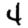
Digit: 4